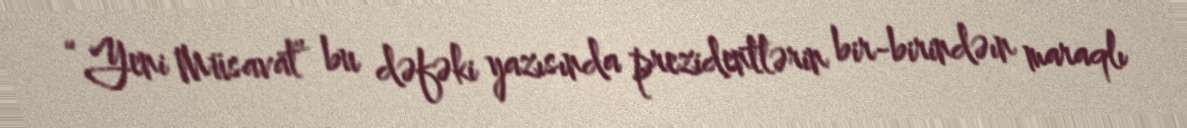
“Yeni Müsavat” bu dəfəki yazısında prezidentlərin bir-birindəın maraqlı